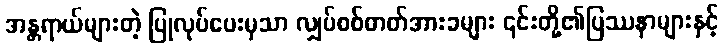
အန္တရာယ်များတဲ့ ပြုလုပ်ပေးမှသာ လျှပ်စစ်ဓာတ်အားခများ ၎င်းတို့၏ပြဿနာများနှင့်